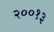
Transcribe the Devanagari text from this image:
२००१३